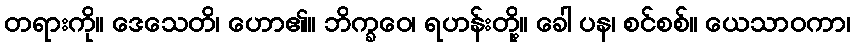
တရားကို။ ဒေသေတိ၊ ဟော၏။ ဘိက္ခဝေ၊ ရဟန်းတို့။ ခေါ ပန၊ စင်စစ်။ ယေသာဝကာ၊